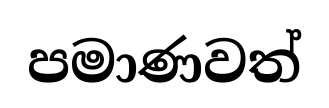
පමාණවත්